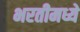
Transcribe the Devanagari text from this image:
भरतीमध्ये